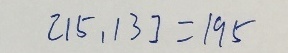
[ 1 5 , 1 3 ] = 1 9 5